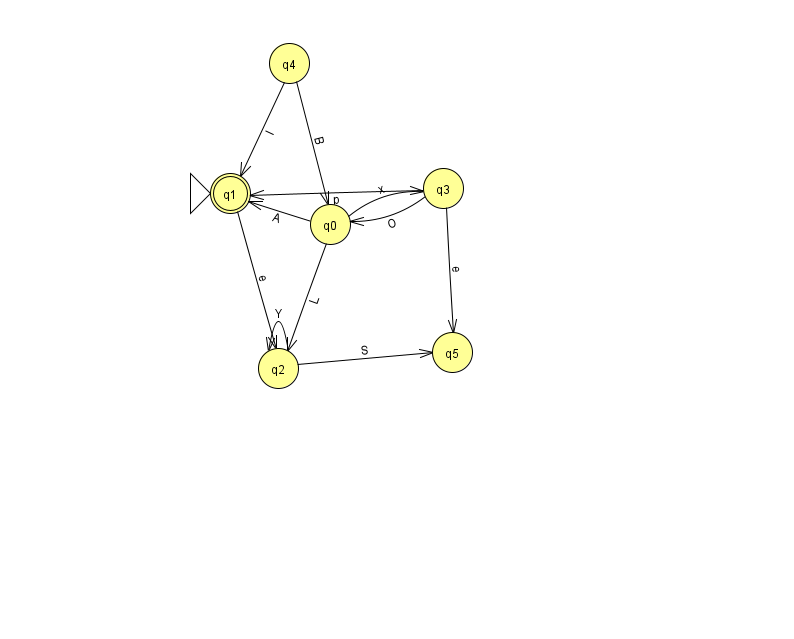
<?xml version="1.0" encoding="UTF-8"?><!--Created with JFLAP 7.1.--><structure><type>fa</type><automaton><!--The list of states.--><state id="0" name="q0"><x>330.0</x><y>211.0</y></state><state id="1" name="q1"><x>230.0</x><y>180.0</y><initial/><final/></state><state id="2" name="q2"><x>278.0</x><y>355.0</y></state><state id="3" name="q3"><x>443.0</x><y>175.0</y></state><state id="4" name="q4"><x>289.0</x><y>50.0</y></state><state id="5" name="q5"><x>452.0</x><y>339.0</y></state><!--The list of transitions.--><transition><from>0</from><to>3</to><read>x</read></transition><transition><from>2</from><to>5</to><read>S</read></transition><transition><from>0</from><to>1</to><read>A</read></transition><transition><from>3</from><to>5</to><read>e</read></transition><transition><from>4</from><to>0</to><read>B</read></transition><transition><from>0</from><to>2</to><read>L</read></transition><transition><from>3</from><to>0</to><read>O</read></transition><transition><from>2</from><to>2</to><read>Y</read></transition><transition><from>4</from><to>1</to><read>l</read></transition><transition><from>3</from><to>1</to><read>p</read></transition><transition><from>1</from><to>2</to><read>e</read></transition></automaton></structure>